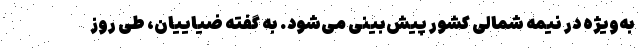
به‌ویژه در نیمه شمالی کشور پیش‌بینی می‌شود. به گفته ضیاییان، طی روز